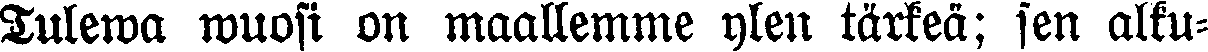
Tulewa wuosi on maallemme ylen tärkeä; sen alku-